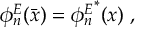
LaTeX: \phi _ { n } ^ { E } ( \bar { x } ) = { \phi _ { n } ^ { E } } ^ { * } ( x ) { \; , }